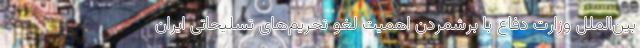
بین‌الملل وزارت دفاع با برشمردن اهمیت لغو تحریم‌های تسلیحاتی ایران‌